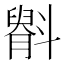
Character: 𫿷